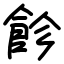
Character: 飻